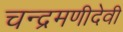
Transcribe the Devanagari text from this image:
चन्द्रमणीदेवी